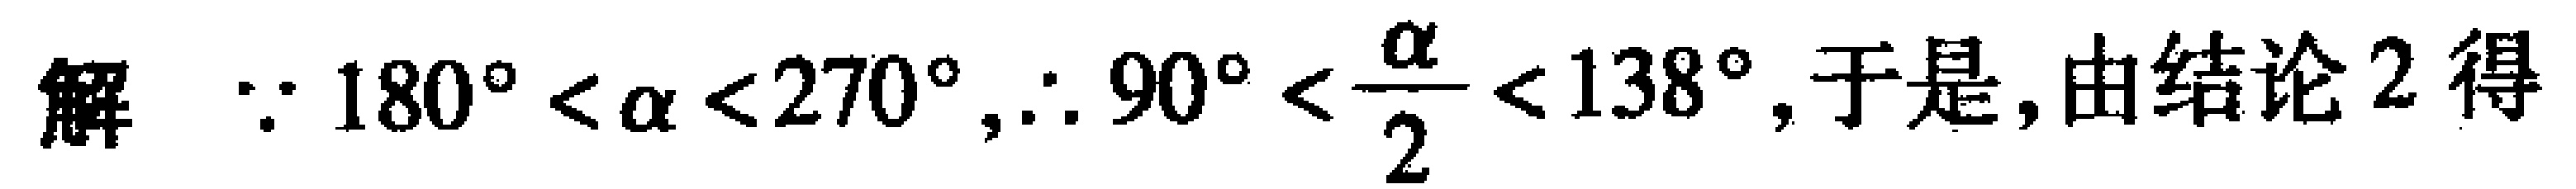
解 $\because 180^{\circ}<\alpha<270^{\circ},\therefore 90^{\circ}<\frac{\alpha}{2}<138^{\circ}$,于是,由结论2得